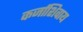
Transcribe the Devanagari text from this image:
कर्जाशिवाय